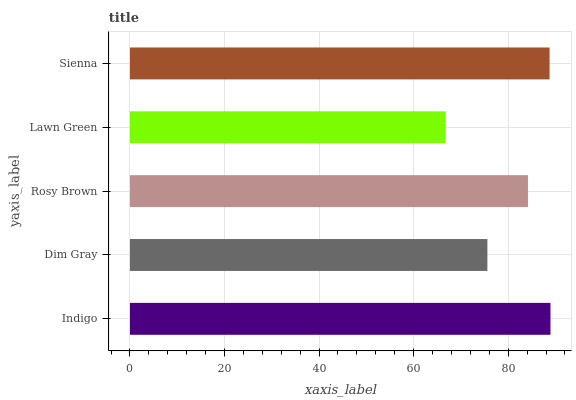
| yaxis_label | bars |
 | --- | --- |
 | Indigo | 88.9 |
 | Dim Gray | 75.6 |
 | Rosy Brown | 84.2 |
 | Lawn Green | 66.8 |
 | Sienna | 88.8 |